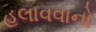
હલાવવાનો